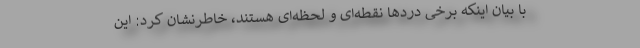
با بیان اینکه برخی دردها نقطه‌ای و لحظه‌ای هستند، خاطرنشان کرد: این